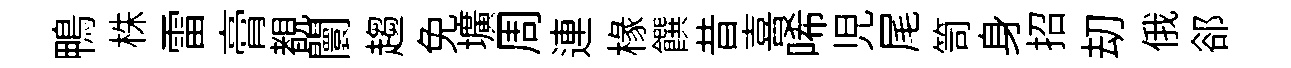
鴨株雷膏覩闤趨免壙周連椽饌昔喜唏児尾笥身招刧俄郤